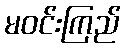
မဝင်းကြည်